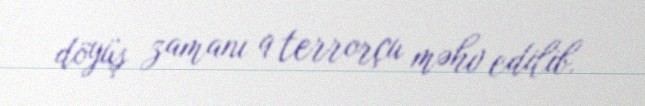
döyüş zamanı 9 terrorçu məhv edilib.